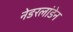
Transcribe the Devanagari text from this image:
नेडरलांडेन